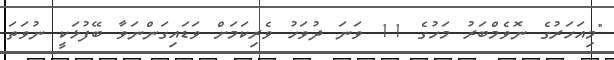
"މިއަހަރުގެ ނޮވެމްބަރު މަހުގެ 11 ވަނަ ދުވަހު ވެރިކަމަށް ވަޑައިގަންނަވާ ބޭފުޅަކީ ނުވަތަ